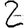
Digit: 2